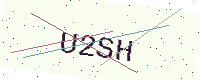
Text: U2SH